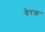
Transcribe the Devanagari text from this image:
वेरक